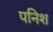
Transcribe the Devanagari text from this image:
पनिश